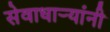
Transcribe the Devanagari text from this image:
सेवाधार्‍यांनी